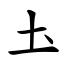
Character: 圡